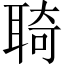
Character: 𦖊